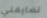
تضايقني